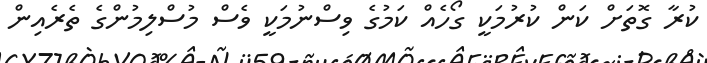
ކުރާ ގޮތަށް ކަން ކުރުމަކީ ގޯހެއް ކަމުގެ ވިސްނުމަކީ ވެސް މުސްލިމުންގެ ތެރެއިން